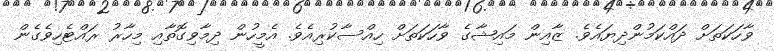
ވާހަކަތަށް ދައްކަމުންދިޔައެވެ. ޒާއިން މައިޝާގެ ވާހަކަތަށް ހިއްސާކުރިއެވެ. އެމީހުން ދިމާވިގޮތާއި މިހާރު ރައްޓެހިވެގެން